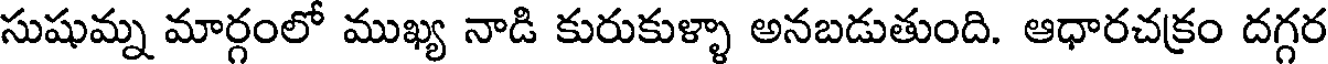
సుషుమ్న మార్గంలో ముఖ్య నాడి కురుకుళ్ళా అనబడుతుంది. ఆధారచక్రం దగ్గర